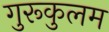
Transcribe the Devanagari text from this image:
गुरूकुलम